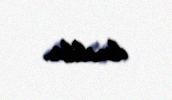
daxildir.